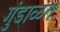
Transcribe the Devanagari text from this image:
गुंडाळत